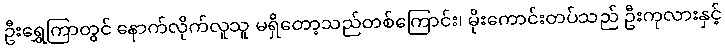
ဦးရွှေကြာတွင် နောက်လိုက်လူသူ မရှိတော့သည်တစ်ကြောင်း၊ မိုးကောင်းတပ်သည် ဦးကုလားနှင့်